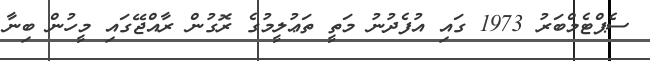
ސެޕްޓެމްބަރު 1973 ގައި އުފެދުނު މަތީ ތަޢުލީމުގެ ރޮގުން ރާއްޖޭގައި މީހުން ބިނާ